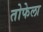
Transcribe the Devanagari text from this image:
तोफेला